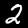
Digit: 2